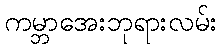
ကမ္ဘာအေးဘုရားလမ်း